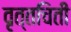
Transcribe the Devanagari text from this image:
वृत्तचिती